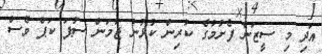
އަދި މި ސީޒަން ފެށުމުގެ ކުރިން ކުޅުނު ޖާމަން ސުޕަ ކަޕް ވެސް